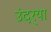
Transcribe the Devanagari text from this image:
उंदर्‍या